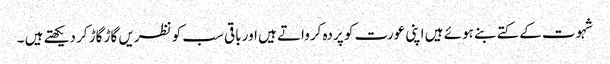
شہوت کے کتے بنے ہوئے ہیں اپنی عورت کو پردہ کرواتے ہیں اور باقی سب کو نظریں گاڑ گاڑ کر دیکھتے ہیں ۔